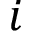
i